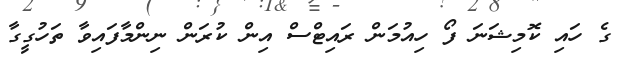
ގެ ހައި ކޮމިޝަނަ ފޯ ހިއުމަން ރައިޓްސް އިން ކުރަން ނިންމާފައިވާ ތަހުގީގާ